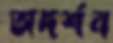
অদর্শন